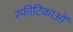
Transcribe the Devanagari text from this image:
स्फीटिकाओं